Document type: Grant
Year: 1445
Scribe: Antoni Gomar
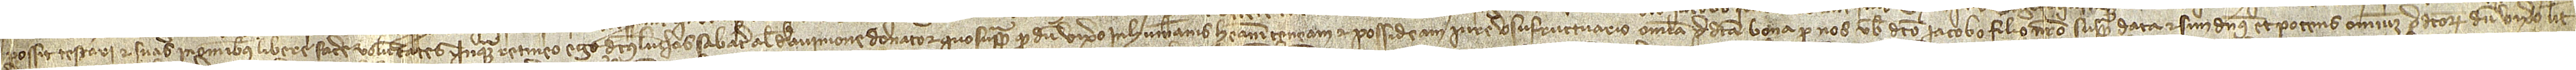
possit testari et suas in omnibus libere facere voluntates. Inquam retineo ego dictus Luchas Sabater, alias de Avinione, donator quo suppra, quod dum vixero in humanis habeam teneam et possideam iure usufructuario omnia predicta bona per nos vobis dicto Iacobo, filio nostro, supradicta data et sim dominus et potens omnium predictorum dum vixero, ut